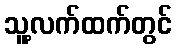
သူ့လက်ထက်တွင်